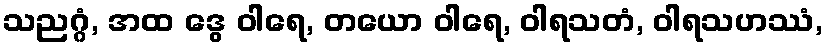
သညဂ္ဂံ, အထ ဒွေ ဝါရေ, တယော ဝါရေ, ဝါရသတံ, ဝါရသဟဿံ,